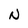
Character: N